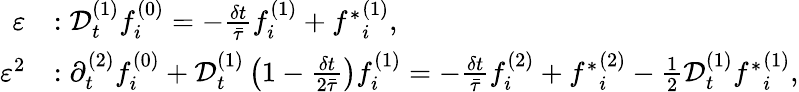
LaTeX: \begin{array}{rl}{\varepsilon}&{:\mathcal{D}_{t}^{(1)}f_{i}^{(0)}=-\frac{\delta t}{\bar{\tau}}f_{i}^{(1)}+{f^{*}}_{i}^{(1)},}\\ {\varepsilon^{2}}&{:\partial_{t}^{(2)}f_{i}^{(0)}+\mathcal{D}_{t}^{(1)}\left(1-\frac{\delta t}{2\bar{\tau}}\right)f_{i}^{(1)}=-\frac{\delta t}{\bar{\tau}}f_{i}^{(2)}+{f^{*}}_{i}^{(2)}-\frac{1}{2}\mathcal{D}_{t}^{(1)}{f^{*}}_{i}^{(1)},}\end{array}